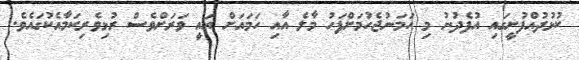
ކުޅުދުއްފުށީގައި އުފެދުނު މި ހަމަނުޖެހުމަށްފަހު މާލެ އާއި ހަމައަށް އައީ ވަރަށްވެސް ރުޅިވެރިކަމާއެކުގައެވެ.